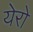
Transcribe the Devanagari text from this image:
येरो